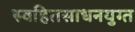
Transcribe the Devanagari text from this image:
स्वहितसाधनयुग्त